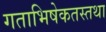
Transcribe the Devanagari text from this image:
गताभिषेकतस्तथा